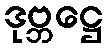
ဒုဗ္ဘဋ္ဌေ